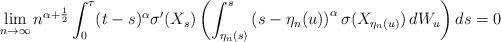
LaTeX: \begin{align*} \lim_{n\rightarrow \infty} n^{\alpha+\frac 12}\int_0^{\tau} (t-s)^\alpha\sigma'(X_s) \left( \int^s_{\eta_n(s)}\left(s-\eta_n(u)\right)^{\alpha}\sigma(X_{\eta_n(u)})\, dW_u \right) ds=0 \end{align*}